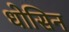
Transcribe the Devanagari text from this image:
धोसिन